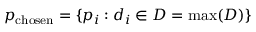
p _ { \mathrm { c h o s e n } } = \{ p _ { i } : d _ { i } \in D = \operatorname* { m a x } ( D ) \}